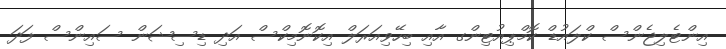
އިންޓެލިޖެންސް ކްލައުޑް ކޮމްޕިއުޓިންގ އާއި ބިހޭވިއަރަލް އިކޮނޮމިކްސް އަދި ޑިސިޝަން ސައިންސް ފަދަ